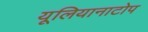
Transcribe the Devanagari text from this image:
यूलियानाटोप